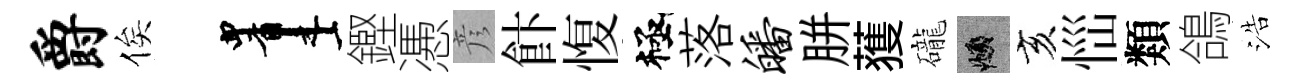
爵俟画鏗慿彦飰愎極落皤胼𫉬礲頫亥𢙉類鴿浩